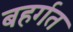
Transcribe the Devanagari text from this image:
बहर्गत